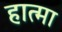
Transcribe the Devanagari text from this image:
हात्मा